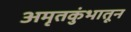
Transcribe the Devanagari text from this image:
अमृतकुंभातून